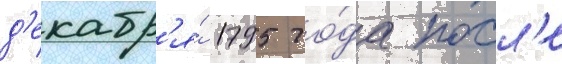
д'екабр'я́ 1795 го́да посл'е